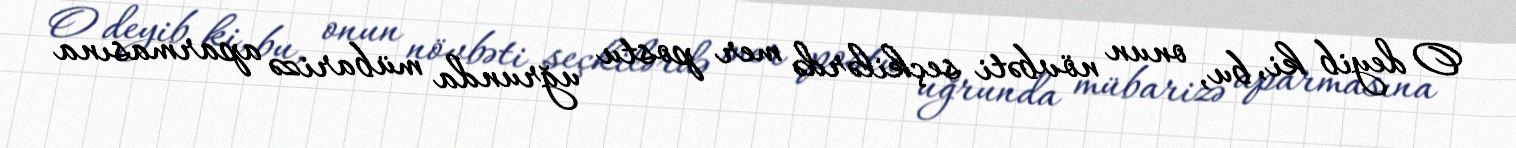
O deyib ki, bu, onun növbəti seçkilərdə mer postu uğrunda mübarizə aparmasına